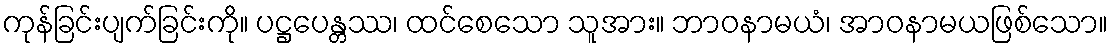
ကုန်ခြင်းပျက်ခြင်းကို။ ပဋ္ဌပေန္တဿ၊ ထင်စေသော သူအား။ ဘာဝနာမယံ၊ အာဝနာမယဖြစ်သော။